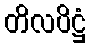
တိလပိဋ္ဌံ